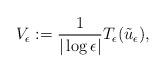
LaTeX: \begin{align*}V_{\epsilon}:=\frac{1}{|\log\epsilon|}T_{\epsilon}(\tilde{u}_{\epsilon}),\end{align*}